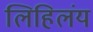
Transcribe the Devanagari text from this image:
लिहिलंय